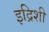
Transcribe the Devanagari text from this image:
इद्रिशी